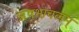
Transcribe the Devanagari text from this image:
ऋषभाचलम्